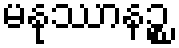
မနုဿာနဉ္စ